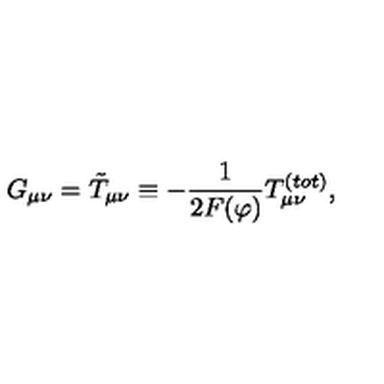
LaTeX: G _ { \mu \nu } = \tilde { T } _ { \mu \nu } \equiv - \frac { 1 } { 2 F ( \varphi ) } T _ { \mu \nu } ^ { ( t o t ) } ,